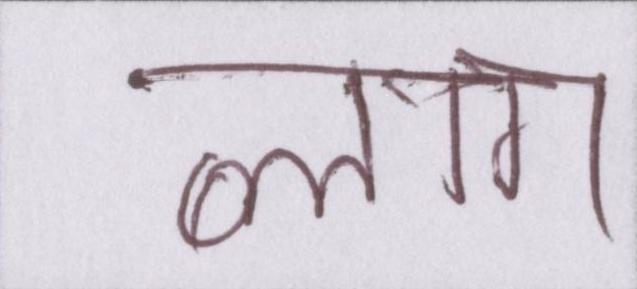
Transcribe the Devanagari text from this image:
ब्लाग